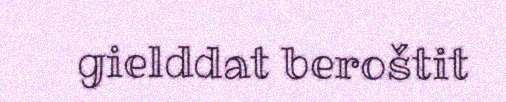
gielddat beroštit